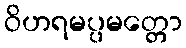
ဝိဟရမပ္ပမတ္တော